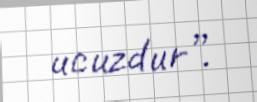
ucuzdur”.